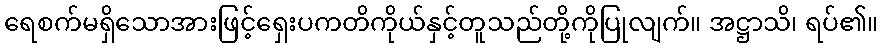
ရေစက်မရှိသောအားဖြင့်ရှေးပကတိကိုယ်နှင့်တူသည်တို့ကိုပြုလျက်။ အဋ္ဌာသိ၊ ရပ်၏။